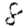
Digit: 8